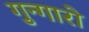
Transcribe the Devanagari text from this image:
गुन्गारो